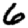
Digit: 6